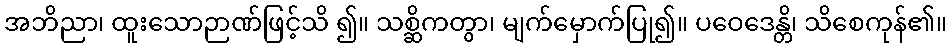
အဘိညာ၊ ထူးသောဉာဏ်ဖြင့်သိ ၍။ သစ္ဆိကတွာ၊ မျက်မှောက်ပြု၍။ ပဝေဒေန္တိ၊ သိစေကုန်၏။